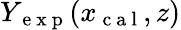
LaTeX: Y_{\mathrm{~e~x~p~}}(x_{\mathrm{~c~a~l~}},z)